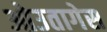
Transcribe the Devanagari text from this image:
ओउतागेस